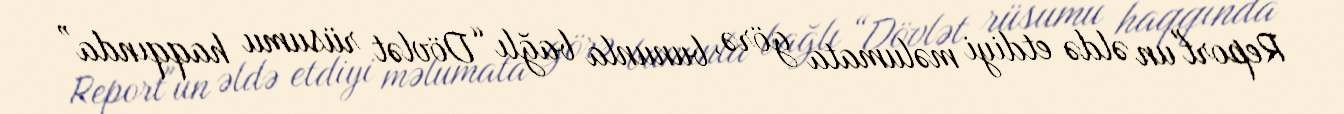
Report"un əldə etdiyi məlumata görə, bununla bağlı “Dövlət rüsumu haqqında”